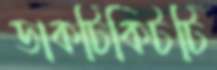
ডাকটিকিটটি